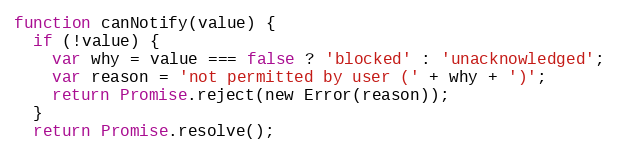
Language: JavaScript
function canNotify(value) {
  if (!value) {
    var why = value === false ? 'blocked' : 'unacknowledged';
    var reason = 'not permitted by user (' + why + ')';
    return Promise.reject(new Error(reason));
  }
  return Promise.resolve();